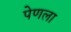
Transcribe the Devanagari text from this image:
पेणला